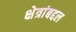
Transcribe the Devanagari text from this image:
क्षेत्रांबद्दल